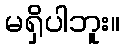
မရှိပါဘူး။